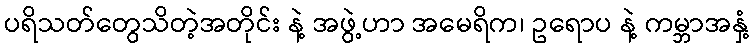
ပရိသတ်တွေသိတဲ့အတိုင်း နဲ့ အဖွဲ့ဟာ အမေရိက၊ ဥရောပ နဲ့ ကမ္ဘာအနှံ့